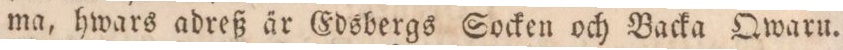
ma, hwars adreß är Edsbergs Socken och Backa Qwaru.